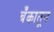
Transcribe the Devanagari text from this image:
बँकातून